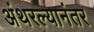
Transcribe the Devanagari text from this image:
अंथरल्यानंतर